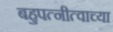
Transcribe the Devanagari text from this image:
बहुपत्नीत्वाच्या